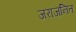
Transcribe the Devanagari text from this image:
जराजनित